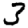
Digit: 3